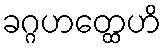
ခဂ္ဂဟတ္ထေဟိ